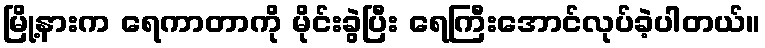
မြို့နားက ရေကာတာကို မိုင်းခွဲပြီး ရေကြီးအောင်လုပ်ခဲ့ပါတယ်။